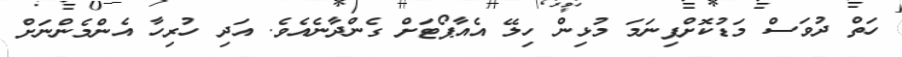
ހަތް ދުވަސް މަޑުކޮށްފިނަމަ މުޅިން ހިލޭ އެއާޕޯޓަށް ގެންދާނެއެވެ. އަދި ހުރިހާ އެންމެންނަށް